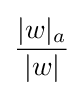
{\frac {|w|_{a}}{|w|}}